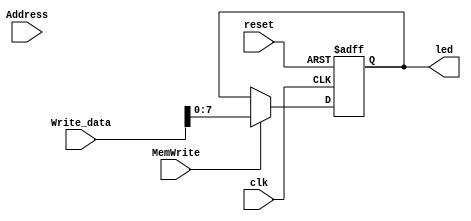
module LED(reset, clk, Address, Write_data, MemWrite, led);
	input reset, clk;
    input [31:0] Address, Write_data;
    input MemWrite;
    output reg [7:0] led;
    
    always @(posedge reset or posedge clk) begin
        if (reset) begin
            led <= 8'h00;
        end
        else if (MemWrite) begin
            led <= Write_data[7:0];
        end
    end
    
endmodule